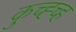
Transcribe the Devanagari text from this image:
कुच्ह्च्ह